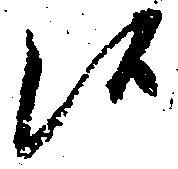
候